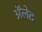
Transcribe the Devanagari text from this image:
ॲलेट